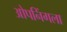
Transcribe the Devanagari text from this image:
ओपनिंगला